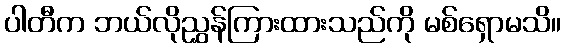
ပါတီက ဘယ်လိုညွှန်ကြားထားသည်ကို မစ်ရှောမသိ။